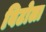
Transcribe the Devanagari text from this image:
विटोला